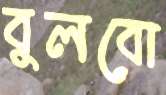
বুলবো